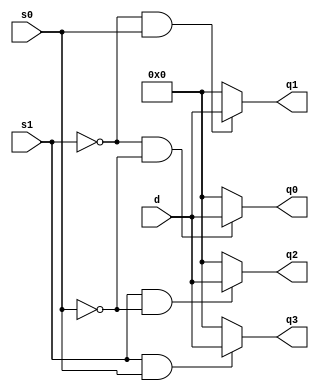
module part14(s0, s1, d, q0, q1, q2, q3);

input s0, s1;
input [7:0] d;
output [7:0] q0, q1, q2, q3;

assign q0 = ~s1&~s0 ? d : 0;
assign q1 = ~s1&s0 ? d : 0;
assign q2 = s1&~s0 ? d : 0;
assign q3 = s1&s0 ? d : 0;

endmodule